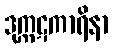
ဒုက္ကဋကာရိနာ